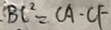
B C ^ { 2 } = C A \cdot C F